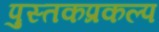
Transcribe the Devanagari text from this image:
पुस्तकप्रकल्प